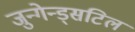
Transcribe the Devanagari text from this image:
जुन्गेन्ड्सटिल